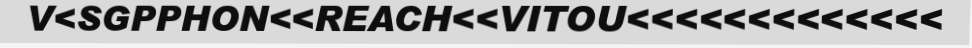
V<SGPPHON<<REACH<<VITOU<<<<<<<<<<<<<